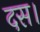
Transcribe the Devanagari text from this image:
दस।